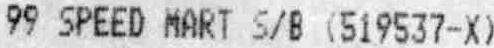
99 SPEED MART S/B (519537-X)